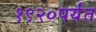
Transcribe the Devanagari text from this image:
१९२०पर्यंत